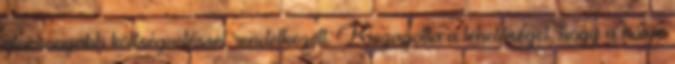
alacsonyabb költségvetéssel rendelkezett. Kiszagolta a lehetőséget, hogy a hülye